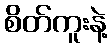
စိတ်ကူးနဲ့